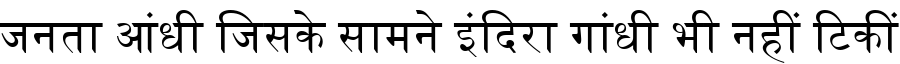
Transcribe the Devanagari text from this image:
जनता आंधी जिसके सामने इंदिरा गांधी भी नहीं टिकीं